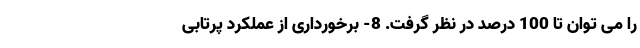
را می توان تا 100 درصد در نظر گرفت. 8- برخورداری از عملکرد پرتابی